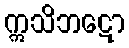
ဣသိဘဋော